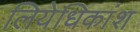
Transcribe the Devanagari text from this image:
लियेधिकांश